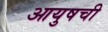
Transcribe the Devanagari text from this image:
आयुषची